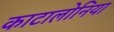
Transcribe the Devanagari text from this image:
काटालोनिया